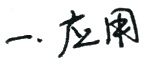
一、应用